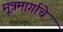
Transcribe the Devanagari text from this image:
मूत्रमार्गाचे